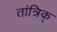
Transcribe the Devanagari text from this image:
तांत्रिक्